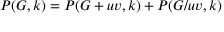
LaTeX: P ( G , k ) = P ( G + u v , k ) + P ( G / u v , k )